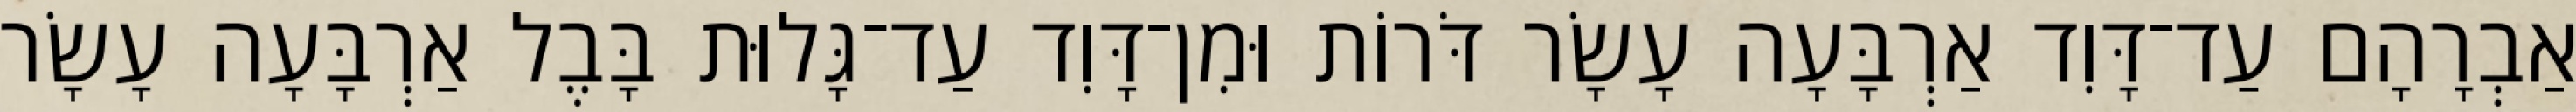
אַבְרָהָם עַד־דָּוִד אַרְבָּעָה עָשָׂר דֹּרוֹת וּמִן־דָּוִד עַד־גָּלוּת בָּבֶל אַרְבָּעָה עָשָׂר